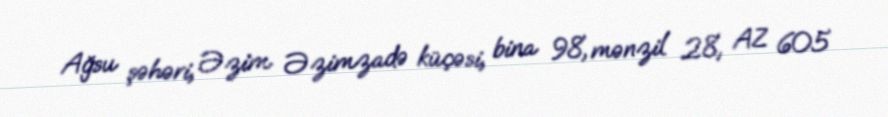
Ağsu şəhəri, Əzim Əzimzadə küçəsi, bina 98, mənzil 28, AZ 605